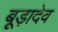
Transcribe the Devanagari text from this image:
बूड़ादेव